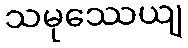
သမုဿေယျ